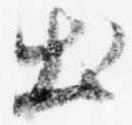
出